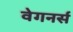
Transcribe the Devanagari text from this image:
वेगनर्स